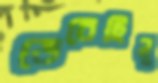
ভেবেছিনু